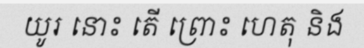
យូរ នោះ តើ ព្រោះ ហេតុ និង